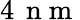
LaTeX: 4\, \mathrm{~n~m~}